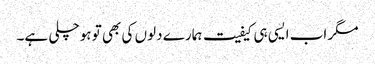
مگر اب ایسی ہی کیفیت ہمارے دلوں کی بھی تو ہوچلی ہے۔